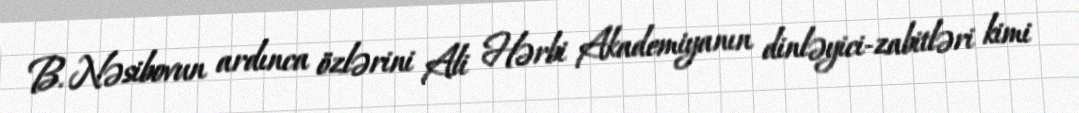
B. Nəsibovun ardınca özlərini Ali Hərbi Akademiyanın dinləyici-zabitləri kimi